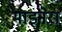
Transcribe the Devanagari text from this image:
माइनेरा